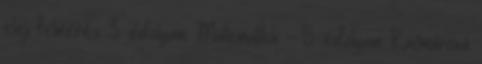
eleji felmérés 3. évfolyam Matematika - 5. évfolyam Kačmárová